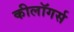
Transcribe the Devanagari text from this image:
कीलॉगर्स